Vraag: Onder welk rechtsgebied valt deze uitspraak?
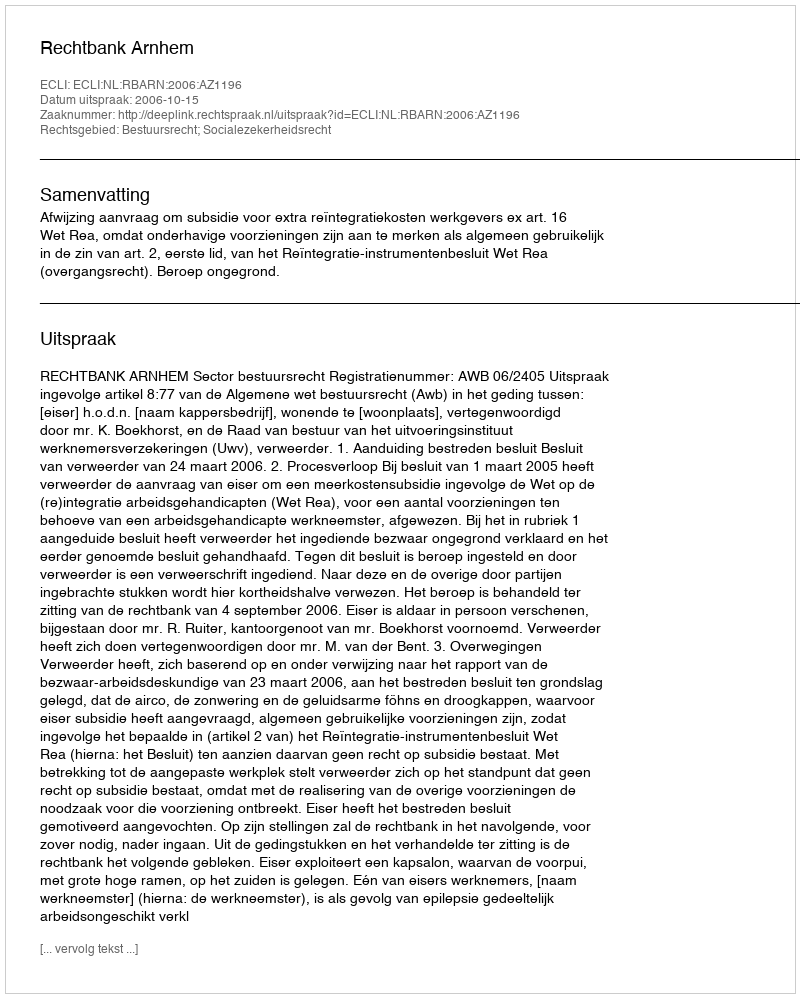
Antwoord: Bestuursrecht; Socialezekerheidsrecht